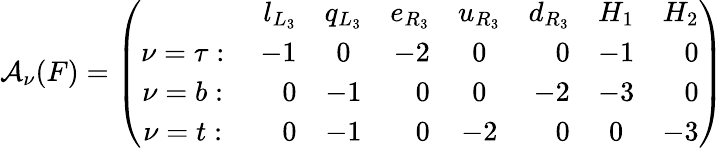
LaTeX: {\cal A}_{\nu}(F)=\left(\begin{array}{crcrcrcrcrcrcrcr}{{}}&{{l_{L_{3}}}}&{{q_{L_{3}}}}&{{e_{R_{3}}}}&{{u_{R_{3}}}}&{{d_{R_{3}}}}&{{H_{1}}}&{{H_{2}}}\\ {{\nu=\tau:\; }}&{{-1}}&{{0}}&{{-2}}&{{0}}&{{0}}&{{-1}}&{{0}}\\ {{\nu=b:\; }}&{{0}}&{{-1}}&{{0}}&{{0}}&{{-2}}&{{-3}}&{{0}}\\ {{\nu=t:\; }}&{{0}}&{{-1}}&{{0}}&{{-2}}&{{0}}&{{0}}&{{-3}}\end{array}\right)